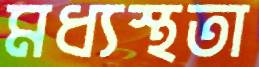
মধ্যস্থতা